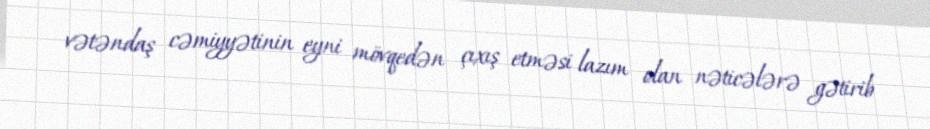
vətəndaş cəmiyyətinin eyni mövqedən çıxış etməsi lazım olan nəticələrə gətirib